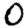
Digit: 0